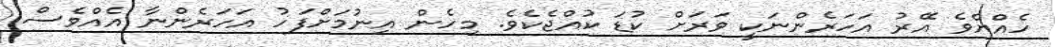
ހެއްޔެވެ އޭރު އަހަރެންނަކީ ވަރަށް ކުޑަ ކުއްޖެކެވެ. މިހެން އިނުމަށްފަހު އަހަރެންނާ އެއްވެސް